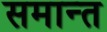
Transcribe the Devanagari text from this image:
समान्त